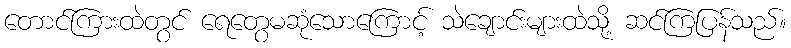
တောင်ကြားထဲတွင် ရေတွေမဆုံသောကြောင့် သဲချောင်းများထဲသို့ ဆင်ကြပြန်သည်။